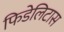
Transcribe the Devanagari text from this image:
फिडेलिटास